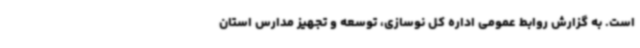
است. به گزارش روابط عمومی اداره کل نوسازی، توسعه و تجهیز مدارس استان